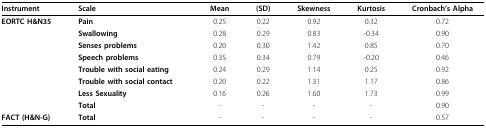
<table><thead><tr><td><b>Instrument</b></td><td><b>Scale</b></td><td><b>Mean</b></td><td><b>(SD)</b></td><td><b>Skewness</b></td><td><b>Kurtosis</b></td><td><b>Cronbach&#x27;s Alpha</b></td></tr></thead><tbody><tr><td><b>EORTC H&amp;N35</b></td><td><b>Pain</b></td><td>0.25</td><td>0.22</td><td>0.92</td><td>0.32</td><td>0.72</td></tr><tr><td></td><td><b>Swallowing</b></td><td>0.28</td><td>0.29</td><td>0.83</td><td>-0.34</td><td>0.90</td></tr><tr><td></td><td><b>Senses problems</b></td><td>0.20</td><td>0.30</td><td>1.42</td><td>0.85</td><td>0.70</td></tr><tr><td></td><td><b>Speech problems</b></td><td>0.35</td><td>0.34</td><td>0.79</td><td>-0.20</td><td>0.46</td></tr><tr><td></td><td><b>Trouble with social eating</b></td><td>0.24</td><td>0.29</td><td>1.14</td><td>0.25</td><td>0.92</td></tr><tr><td></td><td><b>Trouble with social contact</b></td><td>0.20</td><td>0.22</td><td>1.31</td><td>1.17</td><td>0.86</td></tr><tr><td></td><td><b>Less Sexuality</b></td><td>0.16</td><td>0.26</td><td>1.60</td><td>1.73</td><td>0.99</td></tr><tr><td></td><td><b>Total</b></td><td>-</td><td>-</td><td>-</td><td>-</td><td>0.90</td></tr><tr><td><b>FACT (H&amp;N-G)</b></td><td><b>Total</b></td><td>-</td><td>-</td><td>-</td><td>-</td><td>0.57</td></tr></tbody></table>